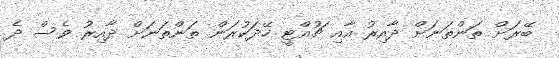
ބޭރަށް ތަންތަނަށް ދާއިރު އާއި ޗުއްޓީ ހޭދަކުރަން ތަންތަނަށް ދާއިރު ވެސް ދެ